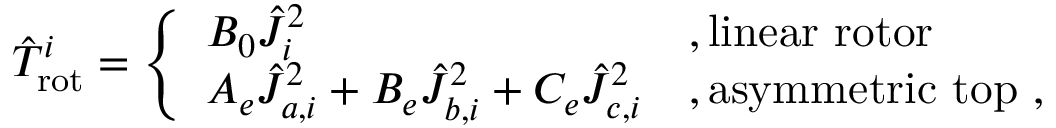
\begin{array} { r } { \hat { T } _ { \mathrm { r o t } } ^ { i } = \left\{ \begin{array} { l l } { \hfil B _ { 0 } \hat { J } _ { i } ^ { 2 } } & { , \mathrm { l i n e a r ~ r o t o r } } \\ { A _ { e } \hat { J } _ { a , i } ^ { 2 } + B _ { e } \hat { J } _ { b , i } ^ { 2 } + C _ { e } \hat { J } _ { c , i } ^ { 2 } } & { , \mathrm { a s y m m e t r i c ~ t o p } ~ , } \end{array} \right. } \end{array}